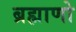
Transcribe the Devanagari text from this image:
ब्रह्माणो